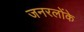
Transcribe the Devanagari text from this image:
जनरलोंके